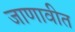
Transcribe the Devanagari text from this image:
जाणावीत